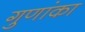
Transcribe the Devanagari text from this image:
गुणांका